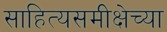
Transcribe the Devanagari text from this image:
साहित्यसमीक्षेच्या